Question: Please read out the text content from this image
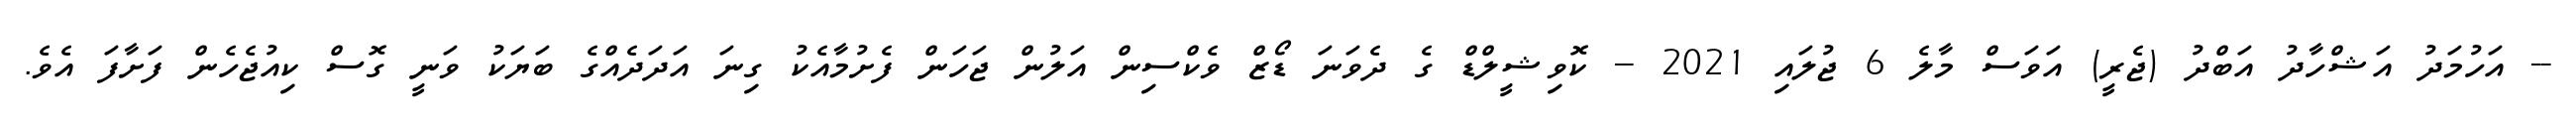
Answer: -- އަހުމަދު އަޝްހާދު އަބްދު (ޖެރީ) އަވަސް މާލެ 6 ޖުލައި 2021 -- ކޮވިޝީލްޑް ގެ ދެވަނަ ޑޯޒް ވެކްސިން އަލުން ޖަހަން ފެށުމާއެކު ގިނަ އަދަދެއްގެ ބަޔަކު ވަނީ ގޮސް ކިއުޖެހެން ފަށާފަ އެވެ.